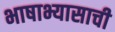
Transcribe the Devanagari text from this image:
भाषाभ्यासाची